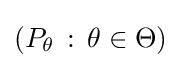
(P_{\theta }\,:\,\theta \in \Theta )